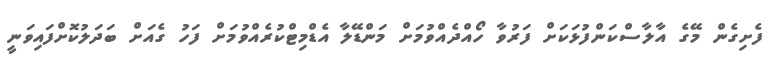
ފެށިގެން މޭގެ އާލާސްކަންފުޅަކަށް ފަރުވާ ހޯއްދެއްވުމަށް މަންޑޭލާ އެޑްމިޓްކުރެއްވުމަށް ފަހު ގެއަށް ބަދަލުކޮށްފައިވަނީ